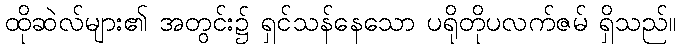
ထိုဆဲလ်များ၏ အတွင်း၌ ရှင်သန်နေသော ပရိုတိုပလက်ဇမ် ရှိသည်။